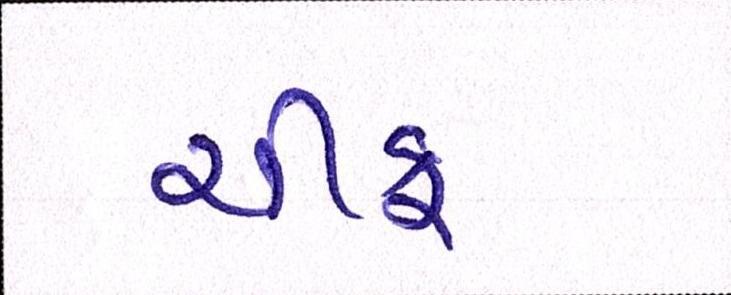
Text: ચીફ